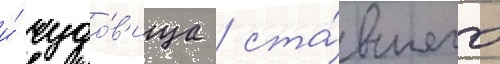
и́ чудо́в'ища / ста́вшего